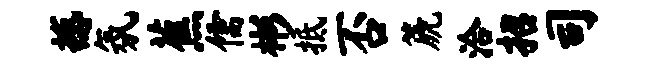
撼氛蕉儒彬抵否篪洽招司